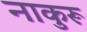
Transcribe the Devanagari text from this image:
नाकुरू